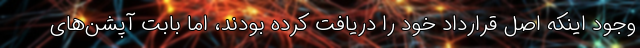
وجود اینکه اصل قرارداد خود را دریافت کرده بودند، اما بابت آپشن‌های